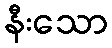
နီးသော